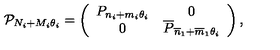
\mathcal { P } _ { N _ { i } + M _ { i } \theta _ { i } } = \left( \begin{array} { c c } { P _ { n _ { i } + m _ { i } \theta _ { i } } } & { 0 } \\ { 0 } & { \overline { { P } } _ { \overline { { n } } _ { 1 } + \overline { { m } } _ { 1 } \theta _ { i } } } \\ \end{array} \right) ,